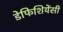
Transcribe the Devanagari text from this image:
डेफिशियेंसी